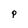
Character: P